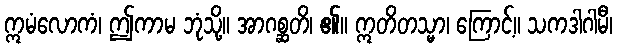
ဣမံလောကံ၊ ဤကာမ ဘုံသို့။ အာဂစ္ဆတိ၊ ၏။ ဣတိတသ္မာ၊ ကြောင့်။ သကဒါဂါမီ၊